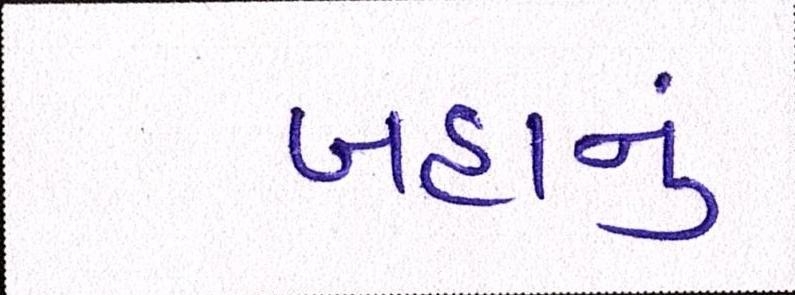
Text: બહાનું